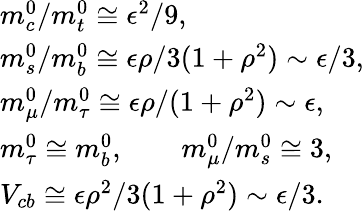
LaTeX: \begin{array}{l}{{m_{c}^{0}/m_{t}^{0}\cong\epsilon^{2}/9,}}\\ {{m_{s}^{0}/m_{b}^{0}\cong\epsilon\rho/3(1+\rho^{2})\sim\epsilon/3,}}\\ {{m_{\mu}^{0}/m_{\tau}^{0}\cong\epsilon\rho/(1+\rho^{2})\sim\epsilon,}}\\ {{m_{\tau}^{0}\cong m_{b}^{0},\qquad m_{\mu}^{0}/m_{s}^{0}\cong 3,}}\\ {{V_{cb}\cong\epsilon\rho^{2}/3(1+\rho^{2})\sim\epsilon/3.}}\end{array}